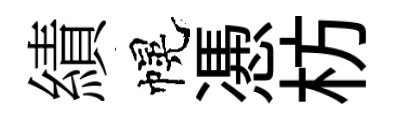
績幌慿枋